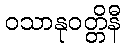
ဝသာနုဝတ္တိနီ